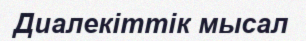
Диалекіттік мысал